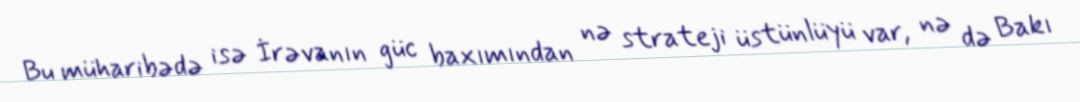
Bu müharibədə isə İrəvanın güc baxımından nə strateji üstünlüyü var, nə də Bakı